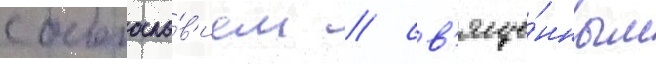
с богосло́в'ием / св'яще́нным